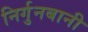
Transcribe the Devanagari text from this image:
निर्गुनबानी